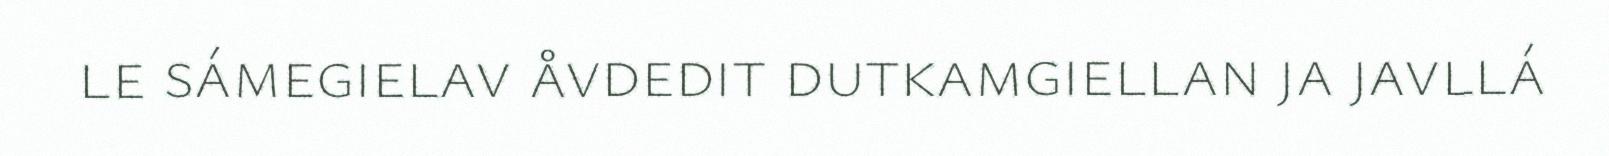
le sámegielav åvdedit dutkamgiellan ja javllá